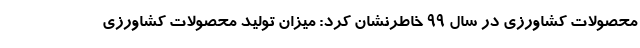
محصولات کشاورزی در سال ۹۹ خاطرنشان کرد: میزان تولید محصولات کشاورزی